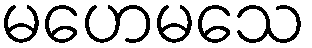
မဟေမသေ